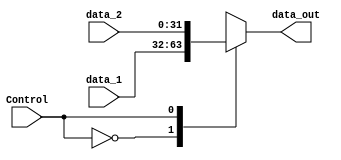
module MUX32
(
    data_1,
    data_2,
    Control,
    data_out
);

// Interface
input   [31:0]      data_1;
input   [31:0]      data_2;
input               Control;
output  [31:0]      data_out;

reg     [31:0]      data_out;

always@(*) begin
    case (Control)
        1'b0 : data_out = data_1;
        1'b1 : data_out = data_2;
    endcase
end

endmodule